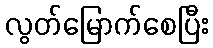
လွတ်မြောက်စေပြီး